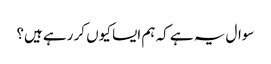
سوال یہ ہے کہ ہم ایسا کیوں کر رہے ہیں؟